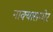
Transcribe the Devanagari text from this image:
नाक्‍यासमोर